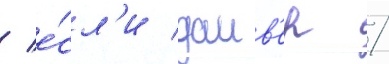
/ е́сл'и даив'ер /